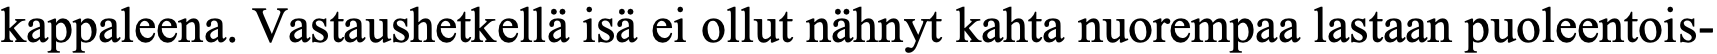
kappaleena. Vastaushetkellä isä ei ollut nähnyt kahta nuorempaa lastaan puoleentois-